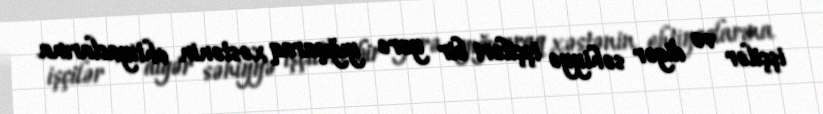
işçilər və digər səhiyyə işçiləri bir yerə yığışaraq xəstənin ehtiyaclarına